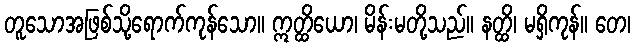
တူသောအဖြစ်သို့ရောက်ကုန်သော။ ဣတ္ထိယော၊ မိန်းမတို့သည်။ နတ္ထိ၊ မရှိကုန်။ တေ၊